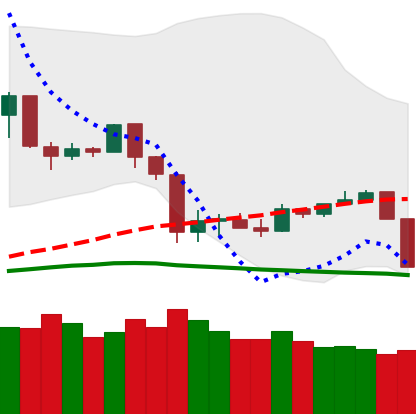
Ticker: TRX-USD
Chart end date: 2020-03-08
Forward return: -31.091%
Label: down_7plus